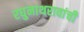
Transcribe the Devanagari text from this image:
रघुनाथरावांची